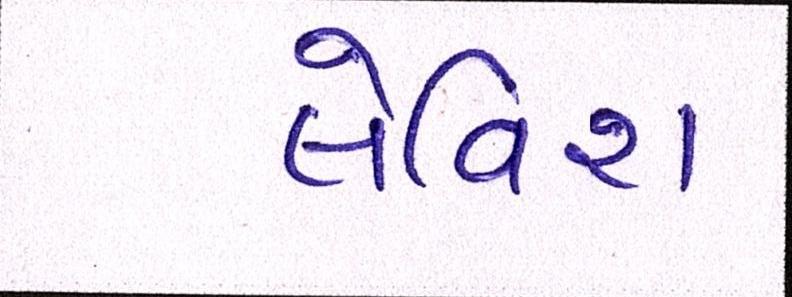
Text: લેવિશ